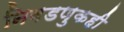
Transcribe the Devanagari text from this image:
निवडणुकही